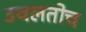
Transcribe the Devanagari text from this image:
उचलतोच